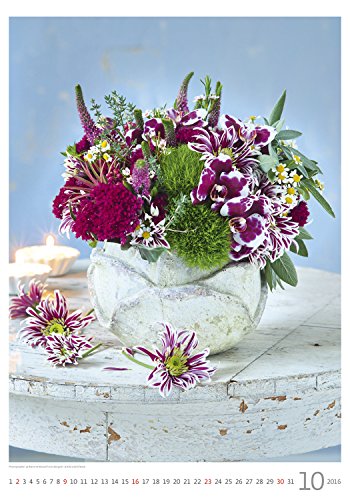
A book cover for Magic Flowers Wall Calendar 2016 - Bouquet Calendar - Poster Calendar - Flower Calendar By Helma; MegaCalendars; Calendars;